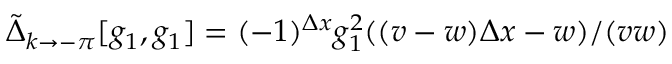
\tilde { \Delta } _ { k \to - \pi } [ g _ { 1 } , g _ { 1 } ] = ( - 1 ) ^ { \Delta x } g _ { 1 } ^ { 2 } ( ( v - w ) \Delta x - w ) / ( v w )